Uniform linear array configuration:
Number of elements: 12
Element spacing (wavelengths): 1
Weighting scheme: kaiser
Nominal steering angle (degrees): -45
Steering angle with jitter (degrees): -43.855
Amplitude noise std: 0.05
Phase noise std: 0.05

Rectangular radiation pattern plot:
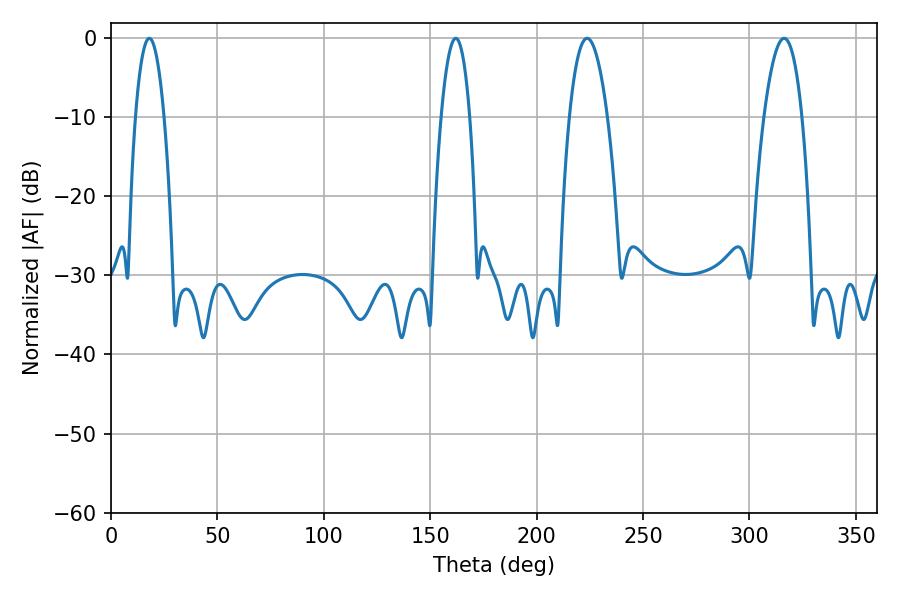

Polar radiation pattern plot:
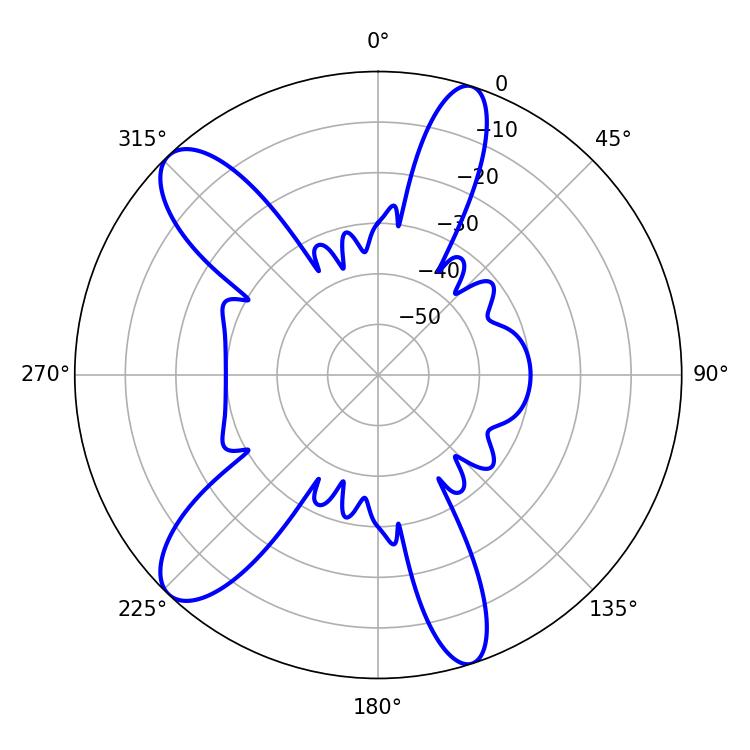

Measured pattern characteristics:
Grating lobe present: TRUE
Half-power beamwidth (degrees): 7.38
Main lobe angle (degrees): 18